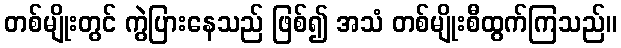
တစ်မျိုးတွင် ကွဲပြားနေသည် ဖြစ်၍ အသံ တစ်မျိုးစီထွက်ကြသည်။